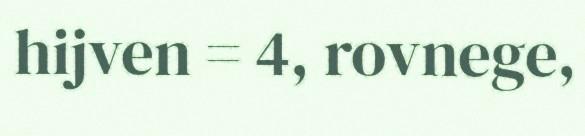
hijven = 4, rovnege,